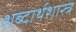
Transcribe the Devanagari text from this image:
शब्दार्थशास्त्र